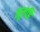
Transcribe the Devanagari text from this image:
मूलहिं